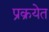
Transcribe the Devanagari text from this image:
प्रक्रयेत